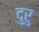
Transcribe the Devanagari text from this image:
दुरु